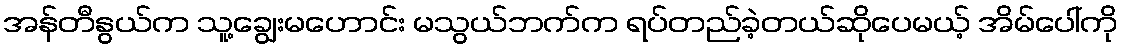
အန်တီနွယ်က သူ့ချွေးမဟောင်း မသွယ်ဘက်က ရပ်တည်ခဲ့တယ်ဆိုပေမယ့် အိမ်ပေါ်ကို